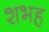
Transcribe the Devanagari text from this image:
शभह